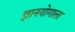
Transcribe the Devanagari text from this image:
ज्ञानयोगाला